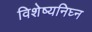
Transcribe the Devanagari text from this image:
विशेष्यनिघ्न